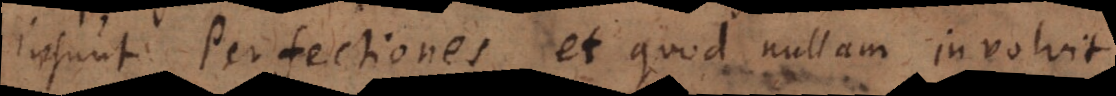
insunt Perfectiones, et quod nullam involvit